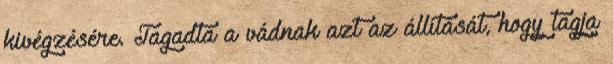
kivégzésére. Tagadta a vádnak azt az állítását, hogy tagja